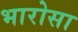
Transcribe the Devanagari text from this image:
भारोसा